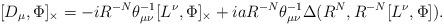
LaTeX: \begin{align*}[D_{\mu},\Phi]_{\times}=-iR^{-N}{\theta}^{-1}_{{\mu}{\nu}}[L^{\nu},\Phi]_{\times}+iaR^{-N}{\theta}^{-1}_{{\mu}{\nu}}{\Delta}(R^N,R^{-N}[L^{\nu},\Phi]).\end{align*}